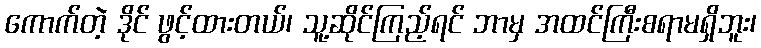
ကောက်တဲ့ ဒိုင် ဖွင့်ထားတယ်၊ သူ့ဆိုင်ကြည့်ရင် ဘာမှ အထင်ကြီးစရာမရှိဘူး၊